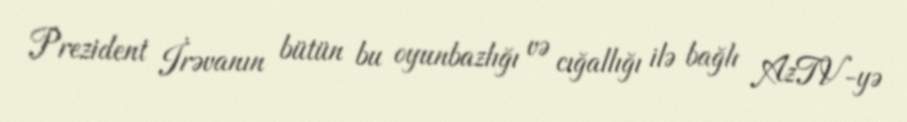
Prezident İrəvanın bütün bu oyunbazlığı və cığallığı ilə bağlı AzTV-yə